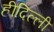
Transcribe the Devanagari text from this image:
हीदिल्ली